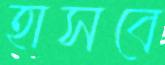
হাসবে